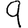
Digit: 9